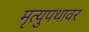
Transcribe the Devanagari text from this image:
मृत्युपथावर